Civil Veterinary Department Bengal reports 1933-51 - 1933-1951
Year: 1933
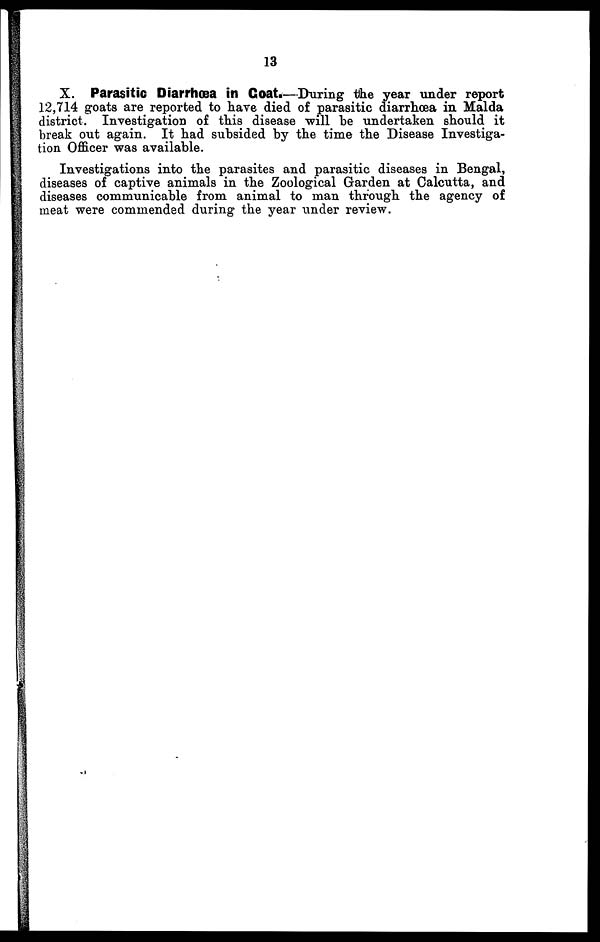
13
X. Parasitic Diarrhoea in Goat.—During the year under report
12,714 goats are reported to have died of parasitic diarrhoea in Malda
district. Investigation of this disease will be undertaken should it
break out again. It had subsided by the time the Disease Investiga-
tion Officer was available.
Investigations into the parasites and parasitic diseases in Bengal,
diseases of captive animals in the Zoological Garden at Calcutta, and
diseases communicable from animal to man through the agency of
meat were commended during the year under review.